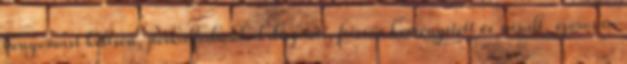
benyomást keltsen, perkálfodrokkal díszített, frissen keményített és vasalt, szorosan